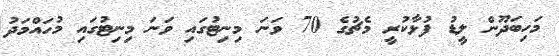
މަހިބަދޫން ލީޑު ފުޅާކުރީ މެޗުގެ 70 ވަނަ މިނިޓުގައި ވަނަ މިނިޓުގައި މުހައްމަދު